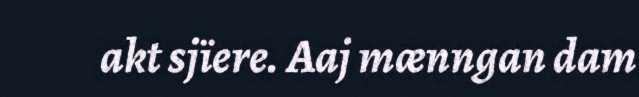
akt sjïere. Aaj mænngan dam